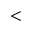
<